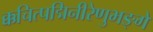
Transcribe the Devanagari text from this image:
क्कचित्पद्मिनीरेणुभङ्गे